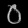
Digit: ၀